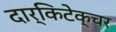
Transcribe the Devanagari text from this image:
दार्किटेक्चर